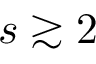
s \gtrsim 2